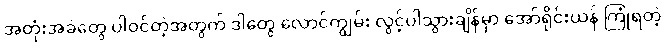
အတုံးအခဲတွေ ပါဝင်တဲ့အတွက် ဒါတွေ လောင်ကျွမ်း လွင့်ပါသွားချိန်မှာ အော်ရိုင်းယန် ကြုံရတဲ့